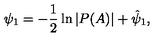
\psi _ { 1 } = - \frac { 1 } { 2 } \ln | P ( A ) | + \hat { \psi } _ { 1 } ,